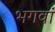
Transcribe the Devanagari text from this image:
भगवां